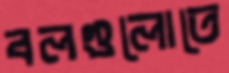
বলগুলোতে